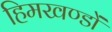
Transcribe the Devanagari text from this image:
हिमखण्डों